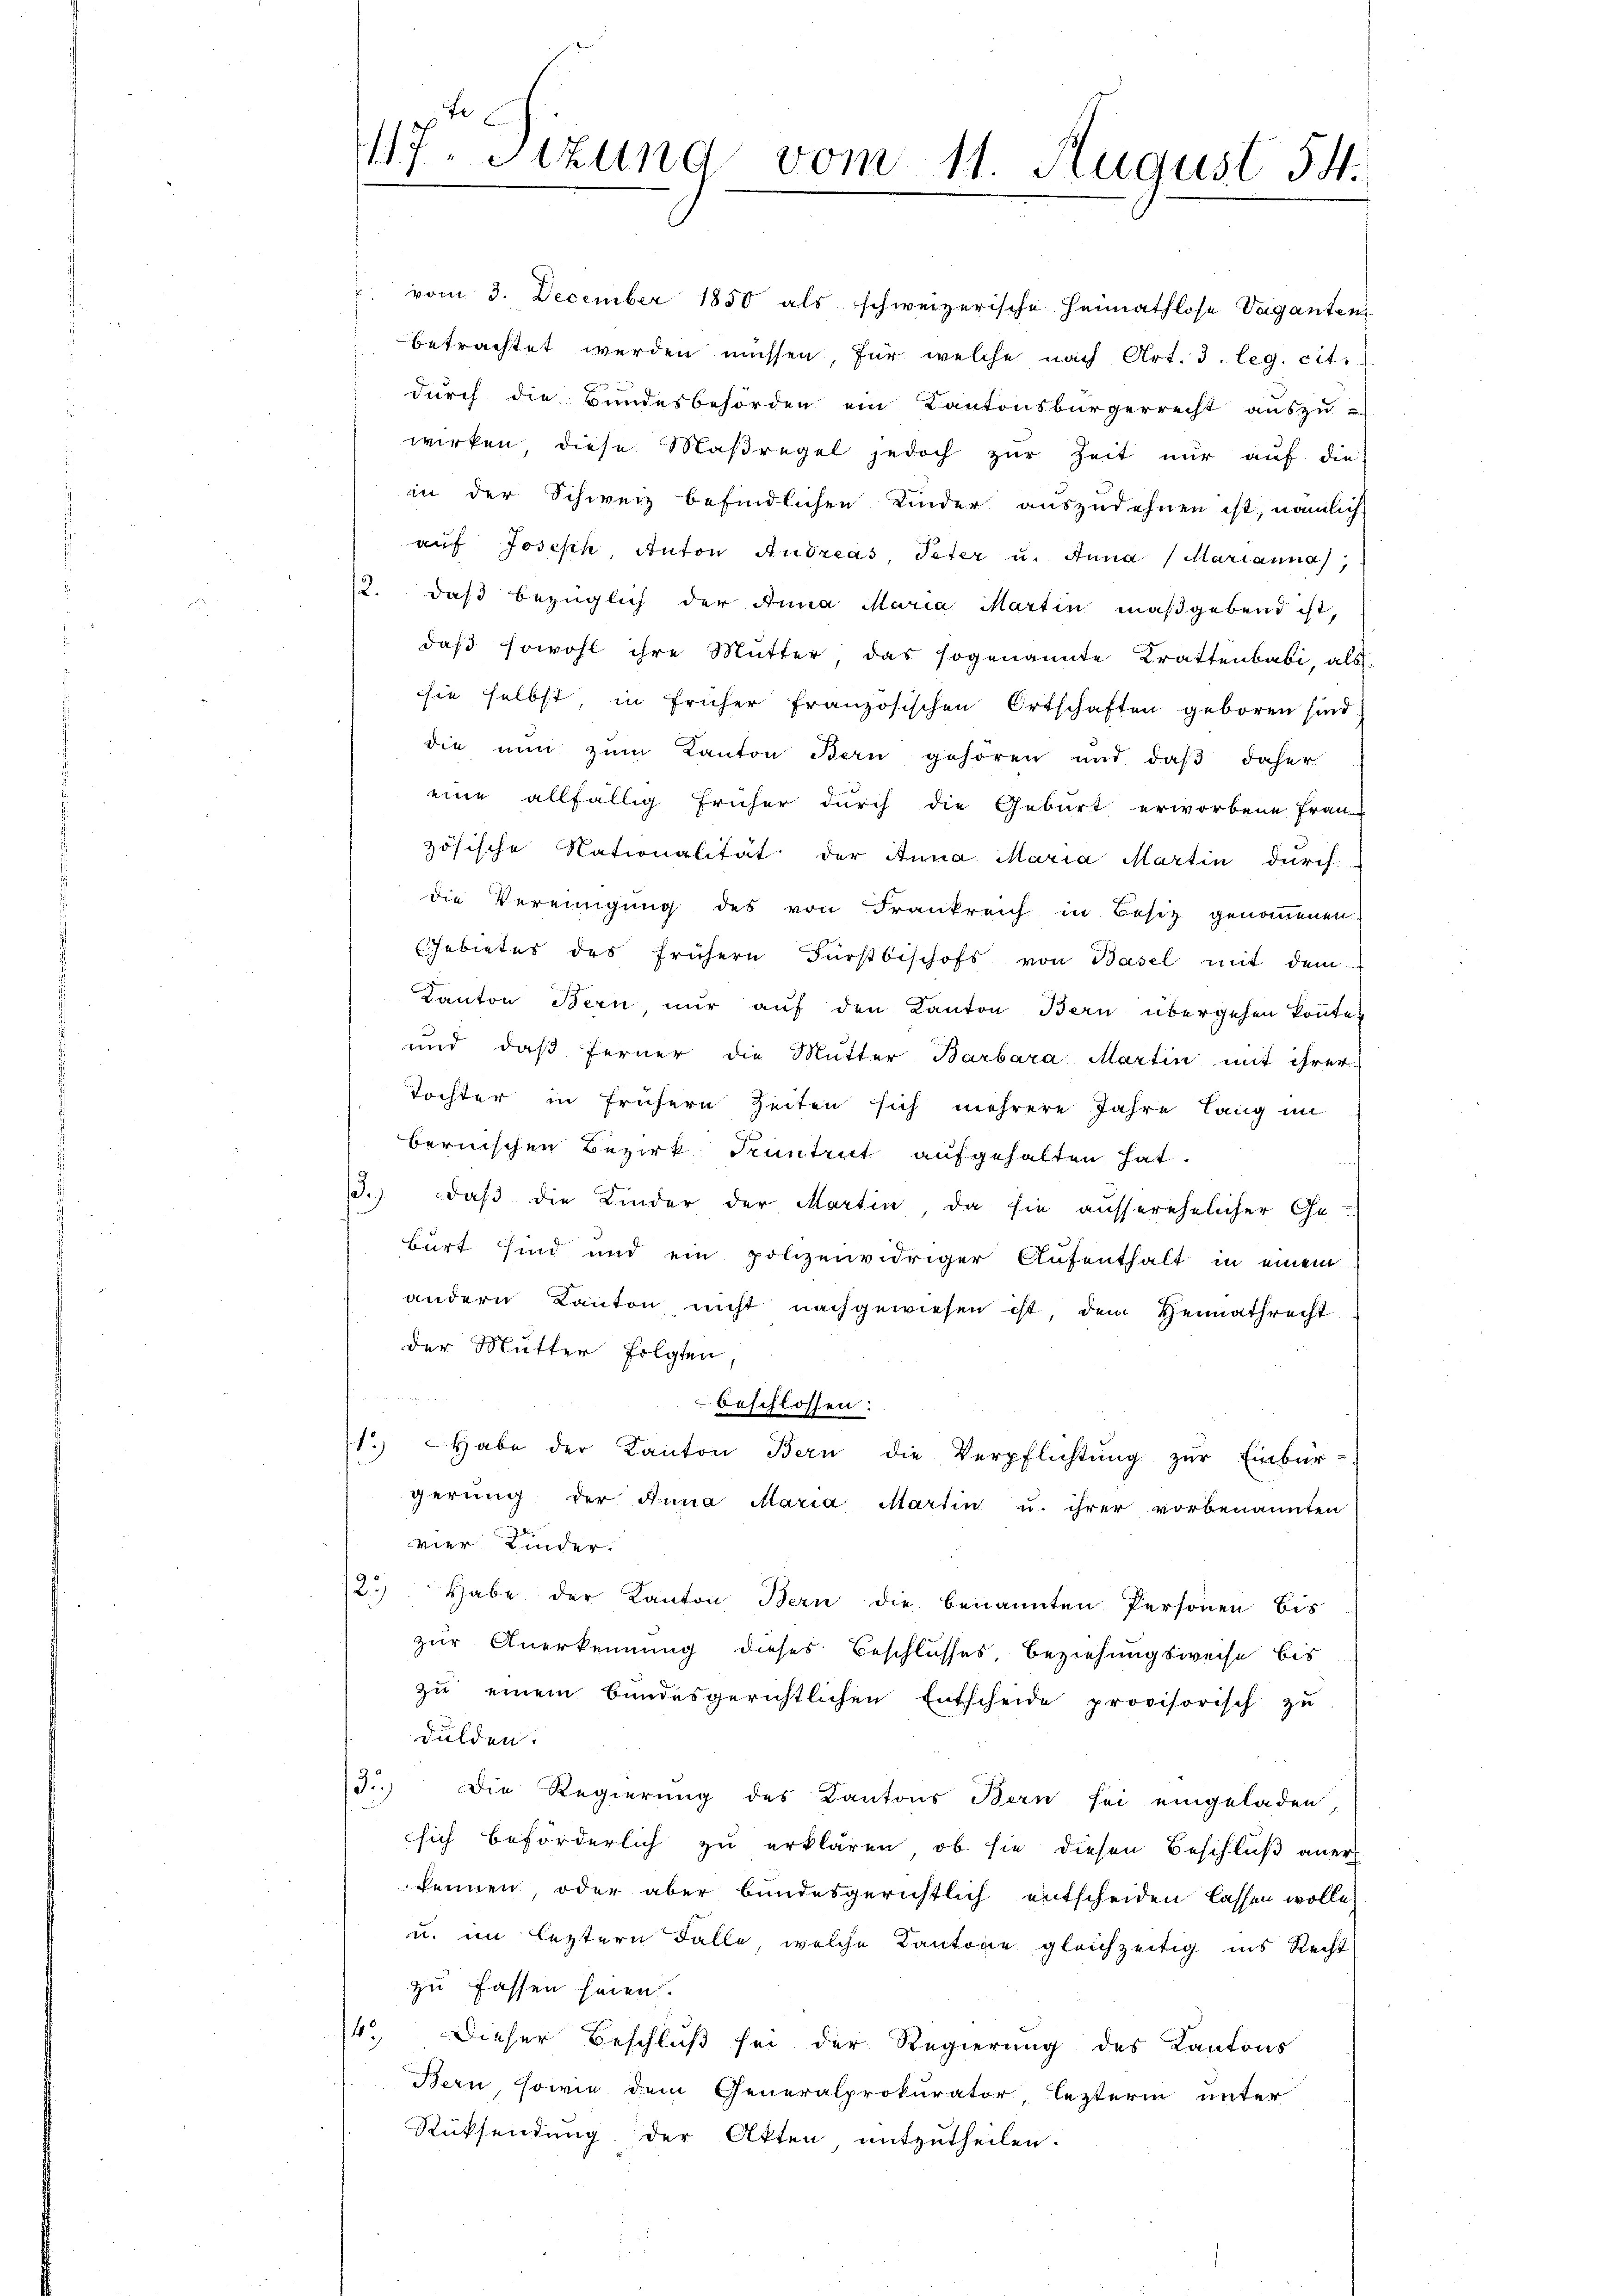
417. Sitzung vom 11. August 54.

vom 3. December 1850 als schweizerische Heimathlose Vaganten
betrachtet werden müssen, für welche nach Art. 3. leg. cit.
durch die Bundesbehörden ein Kantonsbürgerrecht auszu-
wirken diese Maßregel jedoch zŭr Zeit nur auf die
in der Schweiz befindlichen Kinder auszudehnen ist, nämlich
aŭf Joseph Anton Andreas, Peter u. Anna Marianna,
12. daβ bezüglich der Anna Maria Martin maßgebend ist,
daß sowohl ihre Mutter, das sogenannte Krattenbabi, als
sie selbst in früher französischen Ortschaften geboren sind
die nun zŭm Kanton Bern gehören und daβ daher
eine allfällig früher durch die Geburt erworbene Frau
zösische Nationalität der Anna Maria Martin durch
die Vereinigung des von Frankreich in Besitz genommenen
Gebietes des frühern Fürstbischofs von Basel mit dem
Kanton Bern, nŭr aŭf den Kanton Bern übergehen konnte.
und daß ferner die Mutter Barbara Martin mit ihrer
Tochter in frühern Zeiten sich mehrere Jahre lang im
bernischen Bezirk Kuntrut aufgehalten hat.
.) daß die Kinder der Martin, da sie ausserehelicher Ge-
burt sind und ein polizeiwidriger Aufenthalt in einem
andern Kanton nicht nachgewiesen ist, dem Heimathrecht
der Mutter folgten,
beschlossen:
1.) Habe der Kanton Bern die Verpflichtŭng zŭr Einbür-
gerŭng der Anna Maria Martin u. ihrer vorbenannten
vier Kinder.
2.) Habe der Kanton Bern die benannten Personen bis
zur Anerkennung dieses Beschlusses Beziehungsweise bis
zu einem bundesgerichtlichen Entscheide provisorisch zu
dulden.
3.) Die Regierung des Kantons Bern sei eingeladen,
sich beförderlich zu erklären, ob sie diesen Beschluß aner
kennen, oder aber bundesgerichtlich entscheiden lassen wolle,
u. im leztern Falle, welche Kantone gleichzeitig ins Recht
zu fassen seien.
14. Dieser Beschluß sei der Regierung des Kantons
Bern, sowie dem Generalprokurator, lezterm unter
Rücksendung der Akten, mitzutheilen.